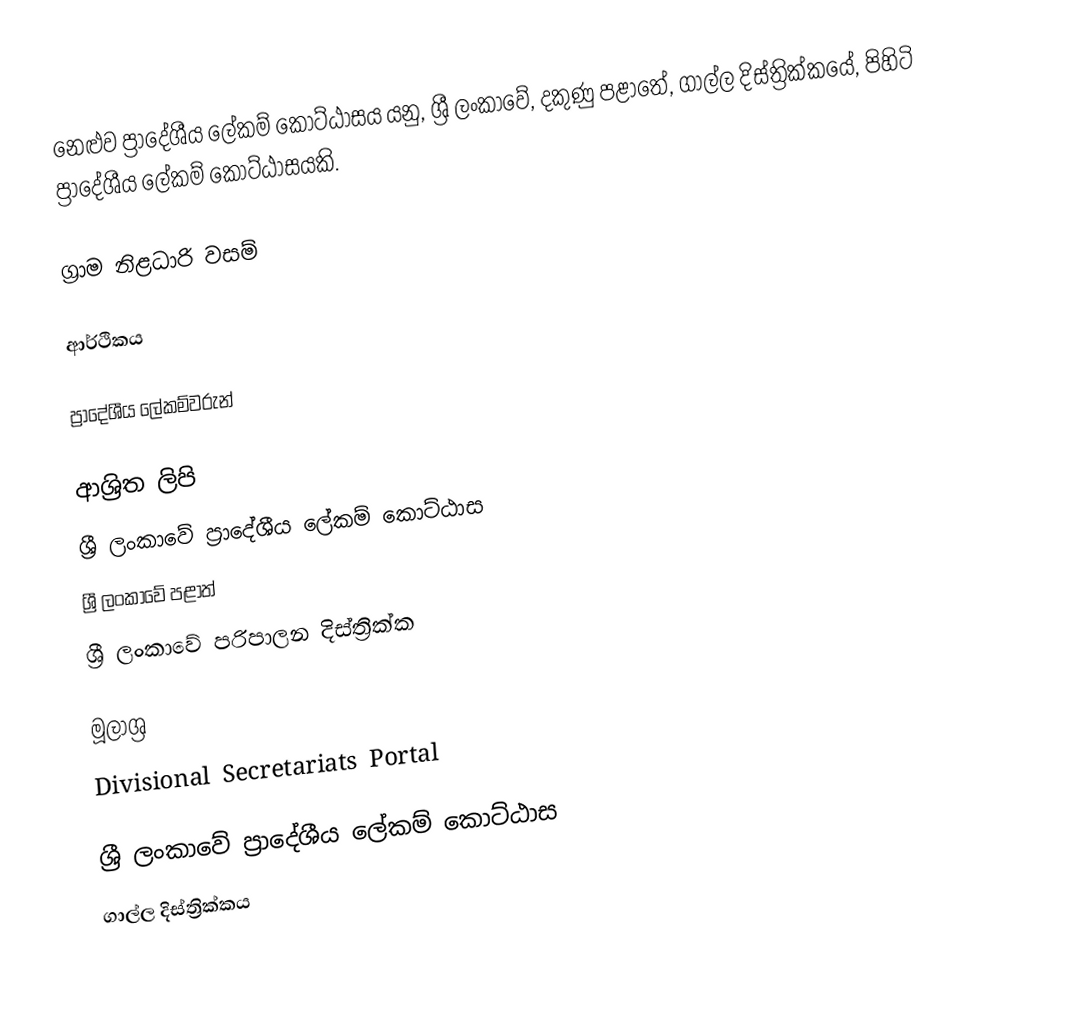
නෙළුව ප්‍රාදේශීය ලේකම් කොට්ඨාසය යනු,  ශ්‍රී ලංකාවේ, දකුණු පළාතේ,   ගාල්ල දිස්ත්‍රික්කයේ, පිහිටි ප්‍රාදේශීය ලේකම් කොට්ඨාසයකි.

ග්‍රාම නිළධාරි වසම්

ආර්ථිකය

ප්‍රාදේශීය ලේකම්වරුන්

ආශ්‍රිත ලිපි
ශ්‍රී ලංකාවේ ප්‍රාදේශීය ලේකම් කොට්ඨාස
ශ්‍රී ලංකාවේ පළාත්
ශ්‍රී ලංකාවේ පරිපාලන දිස්ත්‍රික්ක

මූලාශ්‍ර
 Divisional Secretariats Portal

ශ්‍රී ලංකාවේ ප්‍රාදේශීය ලේකම් කොට්ඨාස
ගාල්ල දිස්ත්‍රික්කය